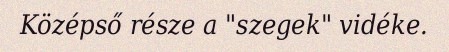
Középső része a "szegek" vidéke.